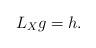
LaTeX: \begin{align*}L_X g =h. \end{align*}